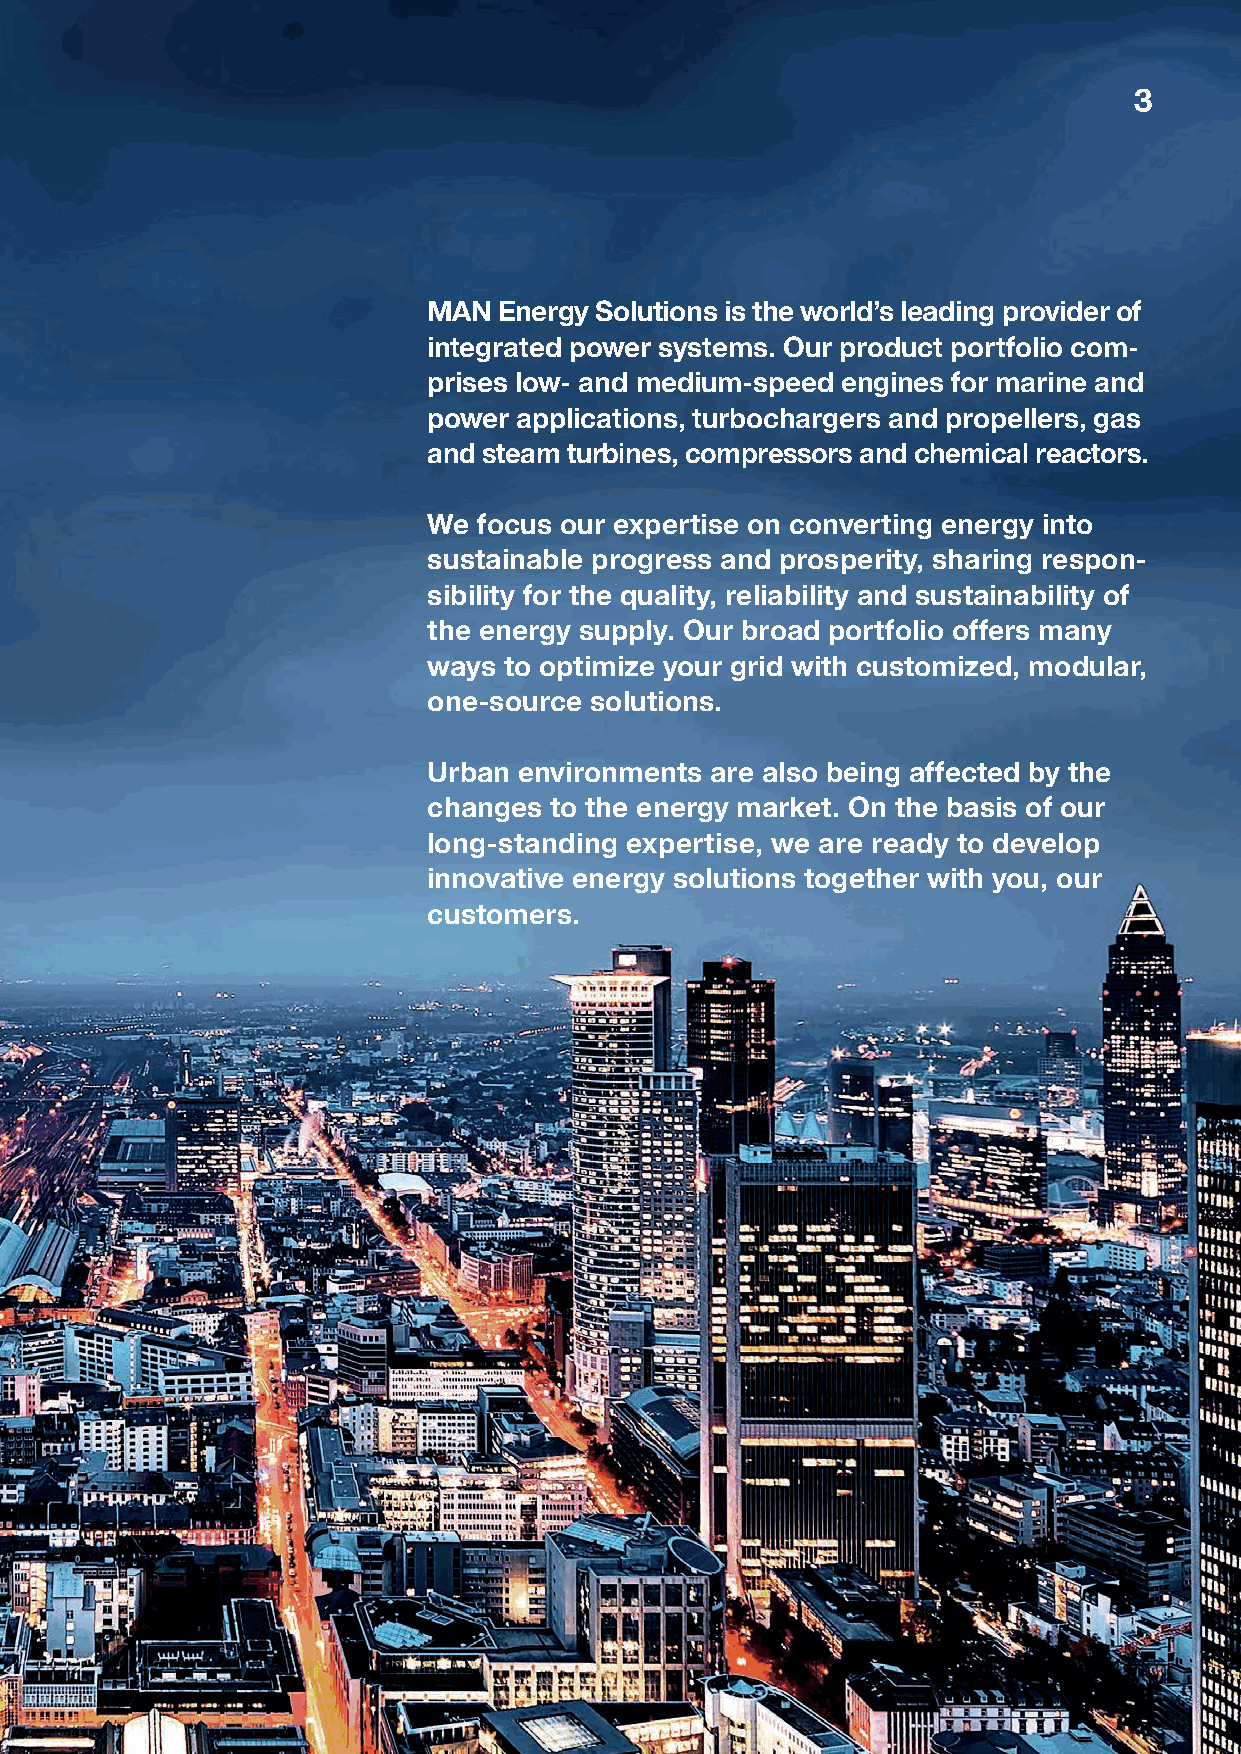
3
 MAN  Energy Solutions is the world’s leading provider of
 integrated power systems. Our product portfolio com-
 prises low- and medium-speed engines for marine and
 power applications, turbochargers and propellers, gas
 and steam turbines, compressors and chemical reactors.
 We  focus our expertise on converting energy into
 sustainable progress and prosperity, sharing respon-
 sibility for the quality, reliability and sustainability of
 the energy supply. Our broad portfolio offers many
 ways to optimize your grid with customized, modular,
 one-source solutions.
 Urban environments are also being affected by the
 changes to the energy market. On the basis of our
 long-standing expertise, we are ready to develop
 innovative energy solutions together with you, our
 customers.